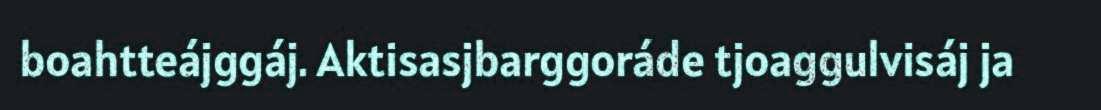
boahtteájggáj. Aktisasjbarggoráde tjoaggulvisáj ja